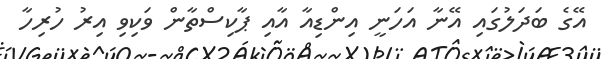
އޭގެ ބަދަލުގައި އޭނާ އަހަނީ އިންޑިއާ އާއި ޕާކިސްތާން ވަކިވި އިރު ހުރިހާ